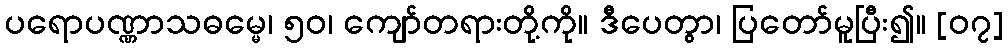
ပရောပဏ္ဏာသဓမ္မေ၊ ၅၀၊ ကျော်တရားတို့ကို။ ဒီပေတွာ၊ ပြတော်မူပြီး၍။ [၀၇]